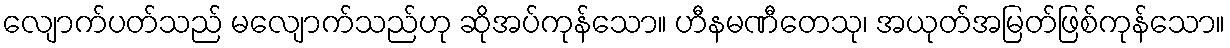
လျောက်ပတ်သည် မလျောက်သည်ဟု ဆိုအပ်ကုန်သော။ ဟီနမဏီတေသု၊ အယုတ်အမြတ်ဖြစ်ကုန်သော။